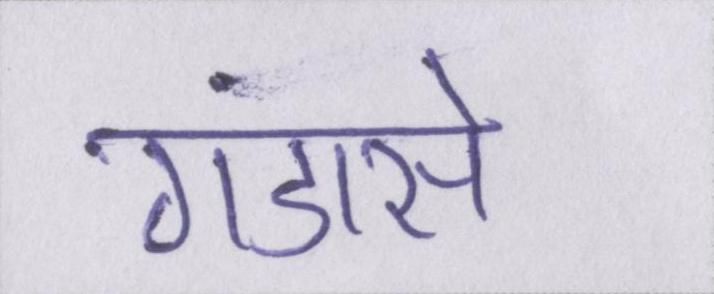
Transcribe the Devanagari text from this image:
गंडासे